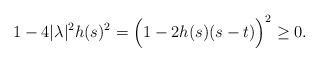
LaTeX: \begin{align*} 1-4|\lambda|^2 h(s)^2=\Big( 1-2h(s)(s-t)\Big)^2\geq 0.\end{align*}